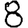
Digit: 8